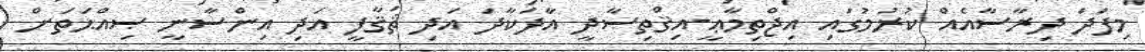
މިފަދަ ދިރާސާއެއް ކުރުމުގައި އިޖްތިމާޢީ-އިޤްތިޞާދީ އާދަކާދަ އަދި ޘަޤާފީ އަދި އިންސާނީ ޞިއްޙަތަށް